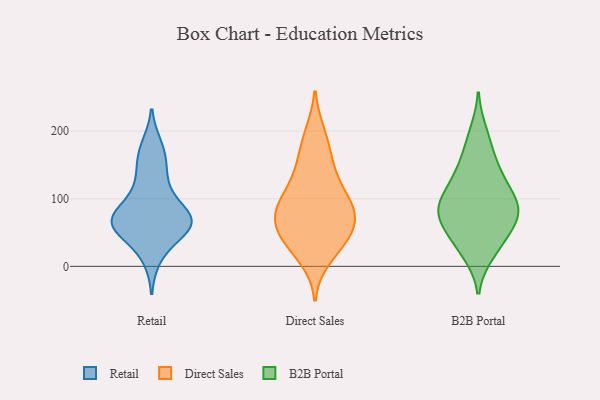
{"axis": {"x": "LTV (USD)", "y": "Value"}, "legend": ["B2B Portal", "Direct Sales", "Retail"], "data": [{"x": "", "y": 164, "type": "Retail"}, {"x": "", "y": 69, "type": "Retail"}, {"x": "", "y": 178, "type": "Retail"}, {"x": "", "y": 56, "type": "Retail"}, {"x": "", "y": 69, "type": "Retail"}, {"x": "", "y": 47, "type": "Retail"}, {"x": "", "y": 62, "type": "Retail"}, {"x": "", "y": 78, "type": "Retail"}, {"x": "", "y": 120, "type": "Retail"}, {"x": "", "y": 62, "type": "Retail"}, {"x": "", "y": 67, "type": "Retail"}, {"x": "", "y": 96, "type": "Retail"}, {"x": "", "y": 13, "type": "Retail"}, {"x": "", "y": 140, "type": "Retail"}, {"x": "", "y": 137, "type": "Direct Sales"}, {"x": "", "y": 52, "type": "Direct Sales"}, {"x": "", "y": 150, "type": "Direct Sales"}, {"x": "", "y": 84, "type": "Direct Sales"}, {"x": "", "y": 197, "type": "Direct Sales"}, {"x": "", "y": 96, "type": "Direct Sales"}, {"x": "", "y": 106, "type": "Direct Sales"}, {"x": "", "y": 87, "type": "Direct Sales"}, {"x": "", "y": 154, "type": "Direct Sales"}, {"x": "", "y": 72, "type": "Direct Sales"}, {"x": "", "y": 43, "type": "Direct Sales"}, {"x": "", "y": 82, "type": "Direct Sales"}, {"x": "", "y": 22, "type": "Direct Sales"}, {"x": "", "y": 36, "type": "Direct Sales"}, {"x": "", "y": 51, "type": "Direct Sales"}, {"x": "", "y": 189, "type": "Direct Sales"}, {"x": "", "y": 11, "type": "Direct Sales"}, {"x": "", "y": 110, "type": "Direct Sales"}, {"x": "", "y": 75, "type": "Direct Sales"}, {"x": "", "y": 53, "type": "Direct Sales"}, {"x": "", "y": 18, "type": "B2B Portal"}, {"x": "", "y": 61, "type": "B2B Portal"}, {"x": "", "y": 131, "type": "B2B Portal"}, {"x": "", "y": 199, "type": "B2B Portal"}, {"x": "", "y": 110, "type": "B2B Portal"}, {"x": "", "y": 20, "type": "B2B Portal"}, {"x": "", "y": 43, "type": "B2B Portal"}, {"x": "", "y": 40, "type": "B2B Portal"}, {"x": "", "y": 92, "type": "B2B Portal"}, {"x": "", "y": 143, "type": "B2B Portal"}, {"x": "", "y": 127, "type": "B2B Portal"}, {"x": "", "y": 62, "type": "B2B Portal"}, {"x": "", "y": 91, "type": "B2B Portal"}, {"x": "", "y": 182, "type": "B2B Portal"}, {"x": "", "y": 76, "type": "B2B Portal"}, {"x": "", "y": 84, "type": "B2B Portal"}, {"x": "", "y": 155, "type": "B2B Portal"}, {"x": "", "y": 90, "type": "B2B Portal"}, {"x": "", "y": 93, "type": "B2B Portal"}, {"x": "", "y": 71, "type": "B2B Portal"}]}